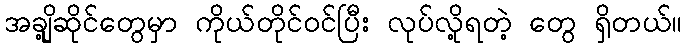
အချို့ဆိုင်တွေမှာ ကိုယ်တိုင်ဝင်ပြီး လုပ်လို့ရတဲ့ တွေ ရှိတယ်။